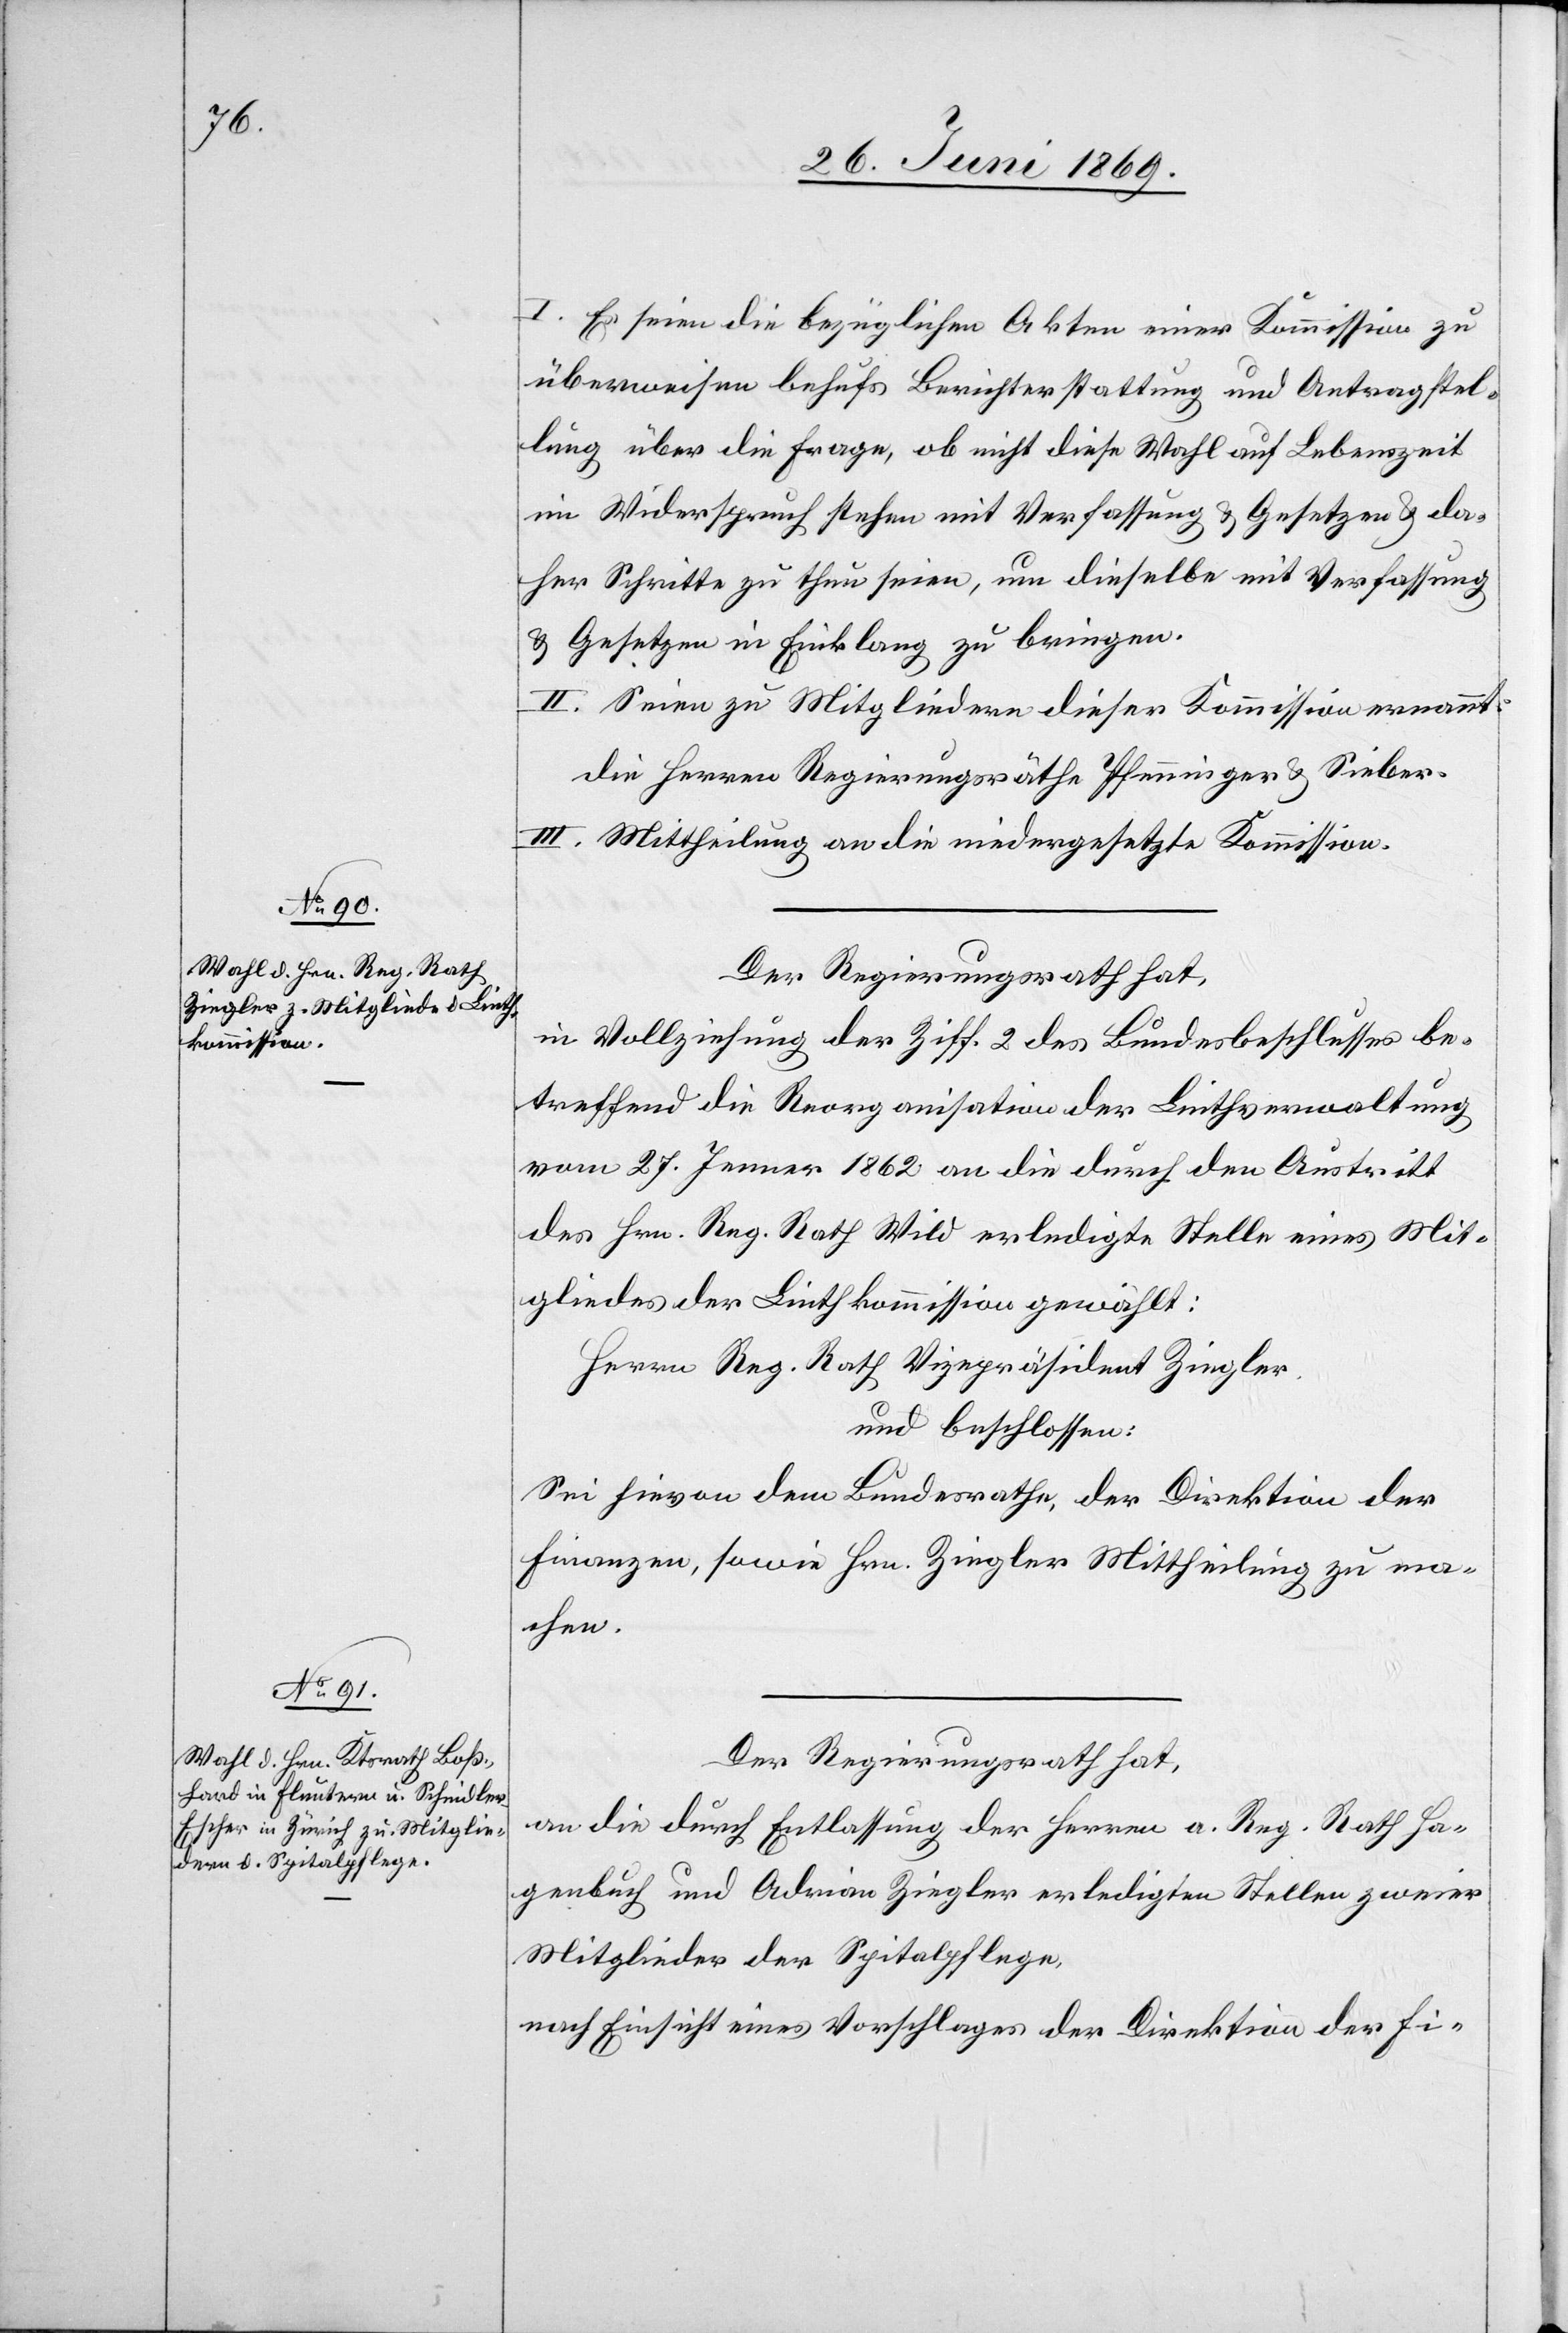
I. Es seien die bezüglichen Akten einer Kommission zu
überweisen behufs Berichterstattung und Antragstel¬
lung über die Frage, ob nicht diese Wahl auf Lebenszeit
im Widerspruch stehen [sic!] mit Verfassung u. Gesetzen u. da¬
her Schritte zu thun seien, um dieselbe mit Verfassung
u. Gesetzen in Einklang zu bringen.
II. Seien zu Mitgliedern dieser Kommission ernannt:
Die Herren Regierungsräthe Pfenninger u. Seiber.
III. Mittheilung an die niedergesetzte Kommission.
Der Regierungsrath hat,
in Vollziehung der Ziff. 2 des Bundesbeschlusses be¬
treffend die Reorganisation der Linthverwaltung
vom 27 Jenner 1862 an die durch den Austritt
des Hrn. Reg. Rath Wild erledigte Stelle eines Mit¬
gliedes der Linthkommission gewählt:
Herrn Reg. Rath Vizepräsident Ziegler.
und beschlossen:
Sei hievon dem Bundesrathe, der Direktion der
Finanzen, sowie Hrn. Ziegler Mittheilung zu ma¬
chen.
Der Regierungsrath hat,
an die durch Entlassung der Herrn a. Reg. Rath Ha¬
genbuch und Adrian Ziegler erledigten Stellen zweier
Mitglieder der Spitalpflege,
nach Einsicht eines Vorschlages der Direktion der Fi-